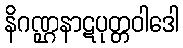
နိဂဏ္ဌနာဋပုတ္တဝါဒေါ